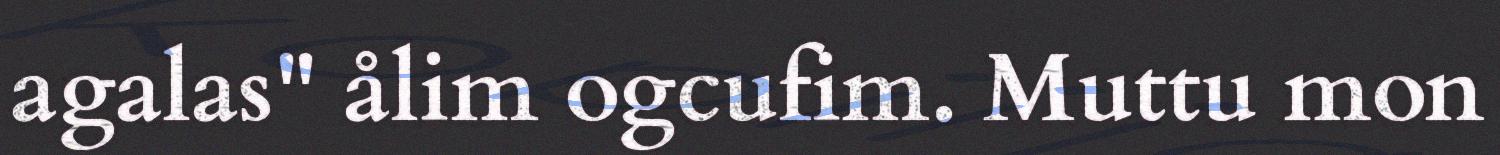
agalas" ålim ogcufim. Muttu mon